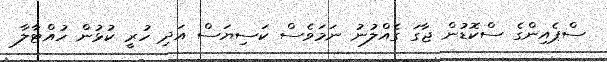
ސްޕެއިންގެ ސްކޮޑުން ޖާގަ ގެއްލުނު ނަމަވެސް ކަސިޔަސް އަދި ހުރީ ކުޅުން ހުއްޓާލާ